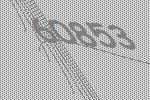
60853